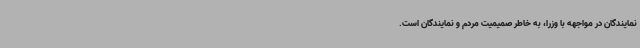
نمایندگان در مواجهه با وزرا، به خاطر صمیمیت مردم و نمایندگان است.